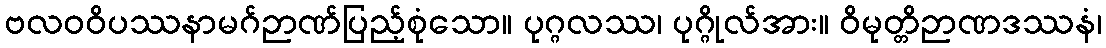
ဗလဝဝိပဿနာမဂ်ဉာဏ်ပြည့်စုံသော။ ပုဂ္ဂလဿ၊ ပုဂ္ဂိုလ်အား။ ဝိမုတ္တိဉာဏဒဿနံ၊